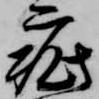
疵